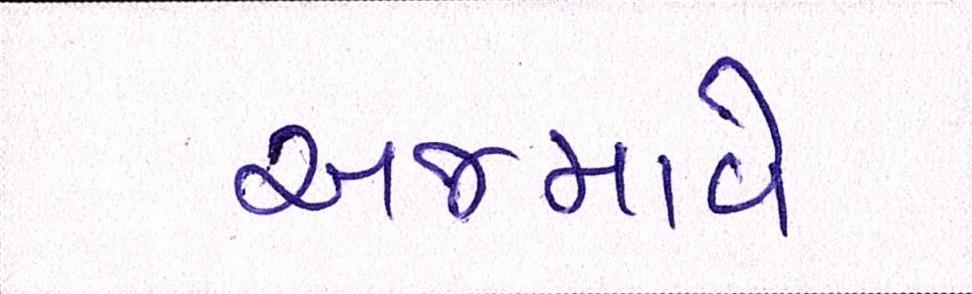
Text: અજમાવે